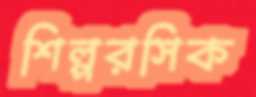
শিল্পরসিক